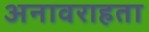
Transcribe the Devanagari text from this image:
अनावराहता